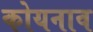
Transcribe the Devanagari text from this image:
कोयनाव